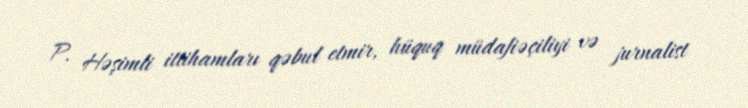
P. Həşimli ittihamları qəbul etmir, hüquq müdafiəçiliyi və jurnalist